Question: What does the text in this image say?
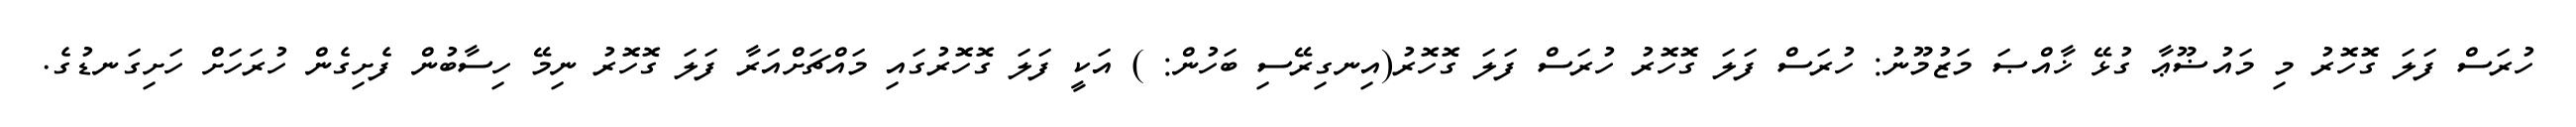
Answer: ހުރަސް ފަލަ ގޮހޮރު މި މައުޟޫޢާ ގުޅޭ ޚާއްޞަ މަޒުމޫނު: ހުރަސް ފަލަ ގޮހޮރު ހުރަސް ފަލަ ގޮހޮރު(އިނގިރޭސި ބަހުން: ) އަކީ ފަލަ ގޮހޮރުގައި މައްޗަށްއަރާ ފަލަ ގޮހޮރު ނިމޭ ހިސާބުން ފެށިގެން ހުރަހަށް ހަށިގަނޑުގެ.